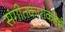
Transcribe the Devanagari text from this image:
संगीतकारांकडेही